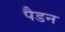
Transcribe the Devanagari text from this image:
पैडन